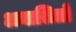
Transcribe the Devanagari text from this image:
अनाश्रितों